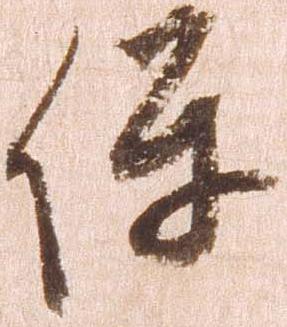
保